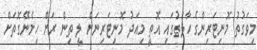
މިވަގުތު މޮނިޓަރިންގެ ހާލަތުގައި އޮތީ މިއަދު މޮނިޓަރިނަށް ލީ ތިން ރަށް ހިމެނޭގޮތަށް